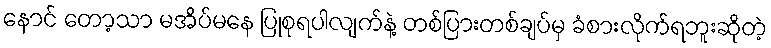
နောင် တော့သာ မအိပ်မနေ ပြုစုရပါလျက်နဲ့ တစ်ပြားတစ်ချပ်မှ ခံစားလိုက်ရဘူးဆိုတဲ့